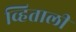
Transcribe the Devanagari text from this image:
व्हिताली